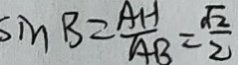
\sin B = \frac { A H } { A B } = \frac { \sqrt { 2 } } { 2 }